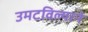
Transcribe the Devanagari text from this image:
उमटविल्याने